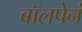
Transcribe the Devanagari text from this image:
बॉलपेनं